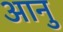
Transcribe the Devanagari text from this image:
आनु